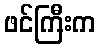
ဖင်ကြီးက